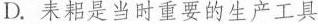
D.耒耜是当时重要的生产工具